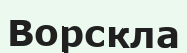
Ворскла